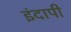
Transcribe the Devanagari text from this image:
इंदापी